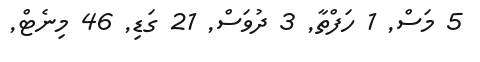
5 މަސް